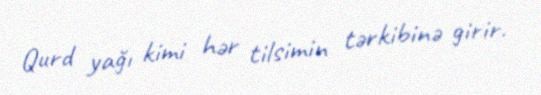
Qurd yağı kimi hər tilsimin tərkibinə girir.